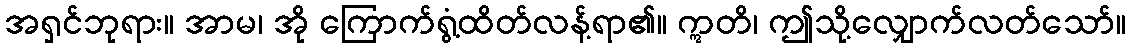
အရှင်ဘုရား။ အာမ၊ အို ကြောက်ရွံ့ထိတ်လန့်ရာ၏။ ဣတိ၊ ဤသို့လျှောက်လတ်သော်။